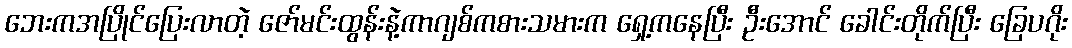
ဘေးကအပြိုင်ပြေးလာတဲ့ ဇော်မင်းထွန်းနဲ့ကာဂျစ်ကစားသမားက ရှေ့ကနေပြီး ဦးအောင် ခေါင်းတိုက်ပြီး ခြေပဂိုး